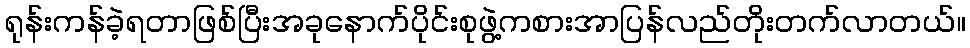
ရုန်းကန်ခဲ့ရတာဖြစ်ပြီးအခုနောက်ပိုင်းစုဖွဲ့ကစားအာပြန်လည်တိုးတက်လာတယ်။